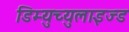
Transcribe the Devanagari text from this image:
डिम्युच्युलाइज्ड